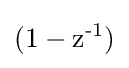
(1-{\text{z}}^{\text{-1}})